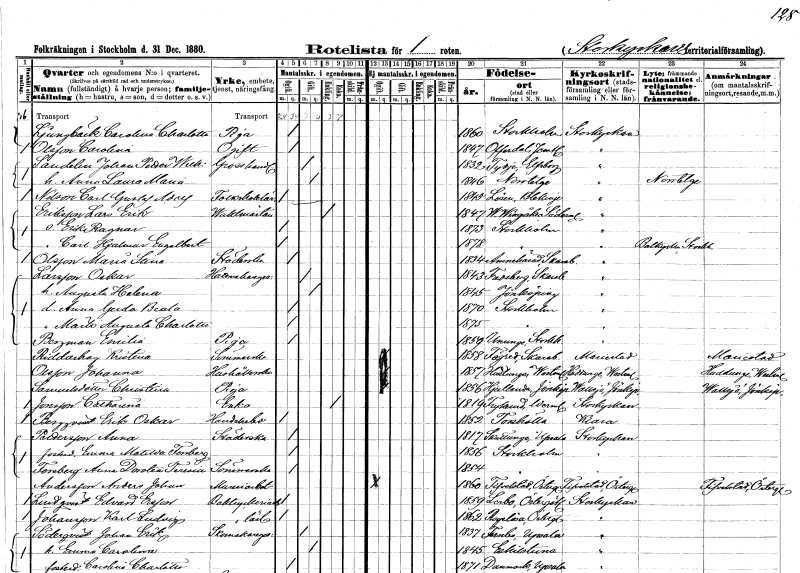
gt_parse: households: individuals: FN: Carolina Charlotta
EN: Ljungbäck
YRKE: Piga
KON: K
CIV: O
FODAR: 1860
FODFORS: Stockholm
FN: Carolina
EN: Olsson
KON: K
CIV: O
FODAR: 1847
FODFORS: Offerdal Jämtlands län
FN: Johan Wilhelm
EN: Sandelin
YRKE: Grosshandlare
KON: M
CIV: G
FODAR: 1832
FODFORS: Tydje Älvsborgs län
FN: Anna Laura Maria
KON: K
CIV: G
FODAR: 1846
FODFORS: Norrtälje Stockholms län
FN: Carl Gustaf Adolf
EN: Nilsson
YRKE: Folkskolelärare
KON: M
CIV: O
FODAR: 1845
FODFORS: Lösen Blekinge län
FN: Lars Erik
EN: Eriksson
YRKE: Vaktmästare
KON: M
CIV: E
FODAR: 1847
FODFORS: Västra Vingåker Södermanlands län
FN: Erik Ragnar
KON: M
CIV: O
FODAR: 1873
FODFORS: Stockholm
FN: Carl Hjalmar Engelbrekt
KON: M
CIV: O
FODAR: 1878
FODFORS: Stockholm
FN: Maria Stina
EN: Olsson
YRKE: Städerska
KON: K
CIV: O
FODAR: 1834
FODFORS: Amnehärad Skaraborgs län
FN: Oskar
EN: Larsson
YRKE: Hattmakaregesäll
KON: M
CIV: G
FODAR: 1843
FODFORS: Fredsberg Skaraborgs län
FN: Augusta Helena
KON: K
CIV: G
FODAR: 1845
FODFORS: Jönköping Jönköpings län
FN: Anna Gerda Beata
KON: K
CIV: O
FODAR: 1870
FODFORS: Stockholm
FN: Märta Augusta Charlotta
KON: K
CIV: O
FODAR: 1875
FODFORS: Stockholm
FN: Emilia
EN: Bergman
YRKE: Piga
KON: K
CIV: O
FODAR: 1859
FODFORS: Ununge Stockholms län
FN: Kristina
EN: Riddarhag
YRKE: Sömmerska
KON: K
CIV: O
FODAR: 1858
FODFORS: Fägre Skaraborgs län
FN: Johanna
EN: Olsson
YRKE: Hushållerska
KON: K
CIV: O
FODAR: 1857
FODFORS: Huddunge Västmanlands län
FN: Christina
EN: Samuelsdotter
YRKE: Piga
KON: K
CIV: O
FODAR: 1856
FODFORS: Hjärtlanda Jönköpings län
FN: Catharina
EN: Jonsson
YRKE: Änka
KON: K
CIV: E
FODAR: 1819
FODFORS: Frykerud Värmlands län
FN: Erik Oskar
EN: Bergqvist
YRKE: Handelselev
KON: M
CIV: O
FODAR: 1852
FODFORS: Torshälla Södermanlands län
FN: Anna
EN: Pettersson
YRKE: Städerska
KON: K
CIV: O
FODAR: 1817
FODFORS: Skuttunge Uppsala län
FN: Emma Matilda
EN: Forsberg
KON: K
CIV: O
FODAR: 1856
FODFORS: Stockholm
FN: Anna Dorotea Teresia
EN: Forsberg
YRKE: Sömmerska
KON: K
CIV: O
FODAR: 1854
FODFORS: Stockholm
FN: Anders Johan
EN: Andersson
YRKE: Mureriarbetare
KON: M
CIV: O
FODAR: 1860
FODFORS: Fivelstad Östergötlands län
FN: Edvard
EN: Lindqvist Ersson
YRKE: Boktryckeriarbetare
KON: M
CIV: O
FODAR: 1859
FODFORS: Lerbo Södermanlands län
FN: Karl Ludvig
EN: Johansson
YRKE: Boktryckerilärling
KON: M
CIV: O
FODAR: 1862
FODFORS: Rogslösa Östergötlands län